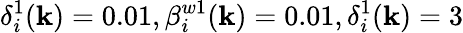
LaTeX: \delta_{i}^{1}(\mathbf{k})=0.01,\beta_{i}^{w1}(\mathbf{k})=0.01,\delta_{i}^{1}(\mathbf{k})=3